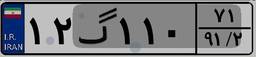
۱۲گ۱۱۰۷۱